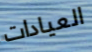
العيادات